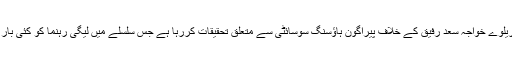
قومی احتساب بیورو (نیب) سابق وزیر ریلوے خواجہ سعد رفیق کے خلاف پیراگون ہاؤسنگ سوسائٹی سے متعلق تحقیقات کررہا ہے جس سلسلے میں لیگی رہنما کو کئی بار طلب کرکے ان سے پوچھ گچھ کی گئی۔